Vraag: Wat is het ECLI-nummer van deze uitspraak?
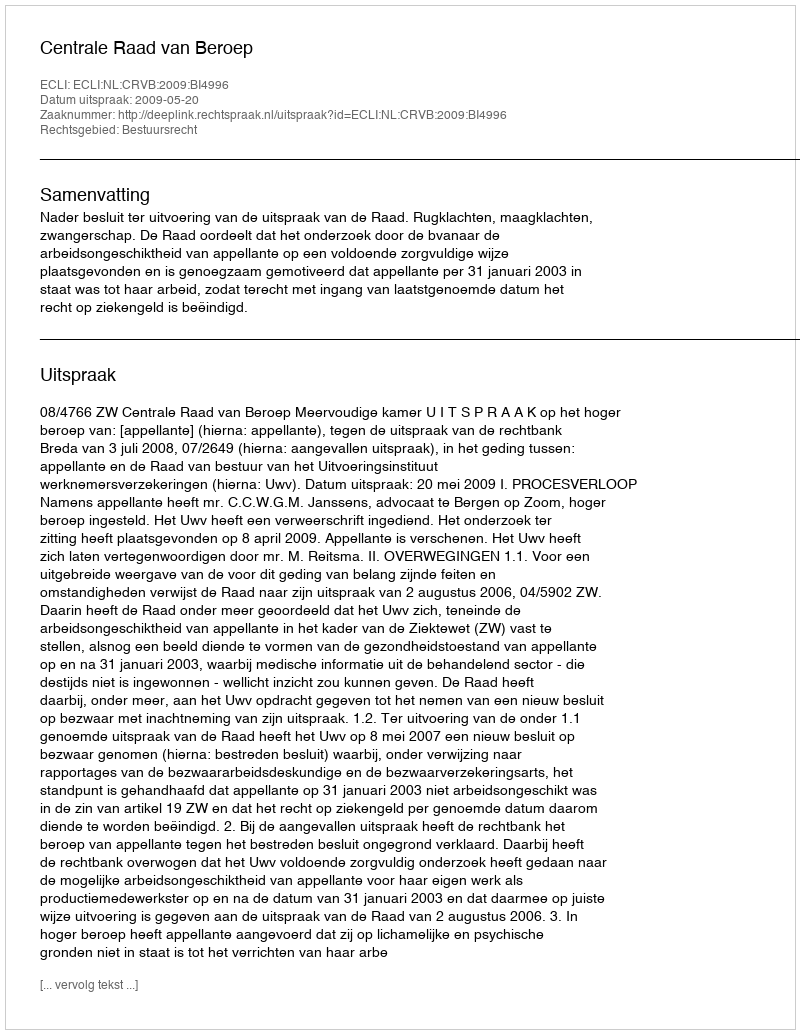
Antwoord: ECLI:NL:CRVB:2009:BI4996